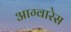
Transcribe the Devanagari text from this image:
आग्वारेस